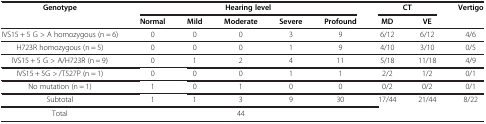
| Genotype | <COLSPAN=5> Hearing level | <COLSPAN=2> CT | <ROWSPAN=2> Vertigo |
 |  | Normal | Mild | Moderate | Severe | Profound | MD | VE |
 | --- | --- | --- | --- | --- | --- | --- | --- | --- |
 | IVS15 + 5 G > A homozygous (n = 6) | 0 | 0 | 0 | 3 | 9 | 6/12 | 6/12 | 4/6 |
 | H723R homozygous (n = 5) | 0 | 0 | 0 | 1 | 9 | 4/10 | 3/10 | 0/5 |
 | IVS15 + 5 G > A/H723R (n = 9) | 0 | 1 | 2 | 4 | 11 | 5/18 | 11/18 | 4/9 |
 | IVS15 + 5G > /T527P (n = 1) | 0 | 0 | 0 | 1 | 1 | 2/2 | 1/2 | 0/1 |
 | No mutation (n = 1) | 1 | 0 | 1 | 0 | 0 | 0/2 | 0/2 | 0/1 |
 | Subtotal | 1 | 1 | 3 | 9 | 30 | <ROWSPAN=2> 17/44 | <ROWSPAN=2> 21/44 | <ROWSPAN=2> 8/22 |
 | Total | <COLSPAN=2>  | 44 |  |  |